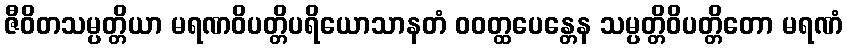
ဇီဝိတသမ္ပတ္တိယာ မရဏဝိပတ္တိပရိယောသာနတံ ဝဝတ္ထပေန္တေန သမ္ပတ္တိဝိပတ္တိတော မရဏံ